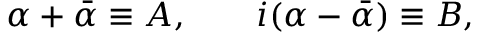
\alpha + \bar { \alpha } \equiv A , \qquad i ( \alpha - \bar { \alpha } ) \equiv B ,